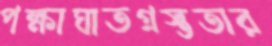
পক্ষাঘাতগ্রস্ততার